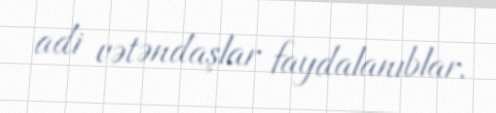
adi vətəndaşlar faydalanıblar.